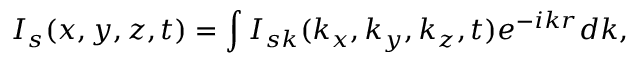
I _ { s } ( x , y , z , t ) = \int I _ { s k } ( k _ { x } , k _ { y } , k _ { z } , t ) e ^ { - i \boldsymbol { k r } } d \boldsymbol { k } ,